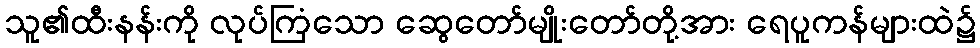
သူ၏ထီးနန်းကို လုပ်ကြံသော ဆွေတော်မျိုးတော်တို့အား ရေပူကန်များထဲ၌